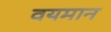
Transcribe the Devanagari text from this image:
वयमान